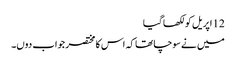
12 اپریل کو لکھا گیا
میں نے سوچا تھا کہ اس کا مختصر جواب دوں۔